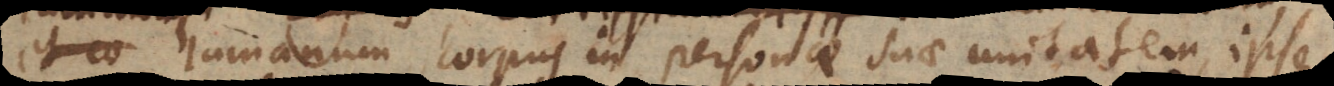
et co humanum corpus in personae suae unitatem, ipse